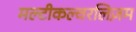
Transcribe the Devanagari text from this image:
मल्टीकल्चरलिज़म